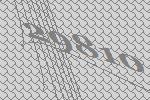
29810